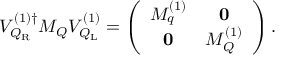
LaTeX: { \cal V } _ { { \cal Q } _ { \mathrm { R } } } ^ { ( 1 ) \dagger } { \cal M } _ { \cal Q } { \cal V } _ { { \cal Q } _ { \mathrm { L } } } ^ { ( 1 ) } = \left( \begin{array} { c c } { { M _ { q } ^ { ( 1 ) } } } & { { { \bf 0 } } } \\ { { { \bf 0 } } } & { { M _ { Q } ^ { ( 1 ) } } } \end{array} \right) .